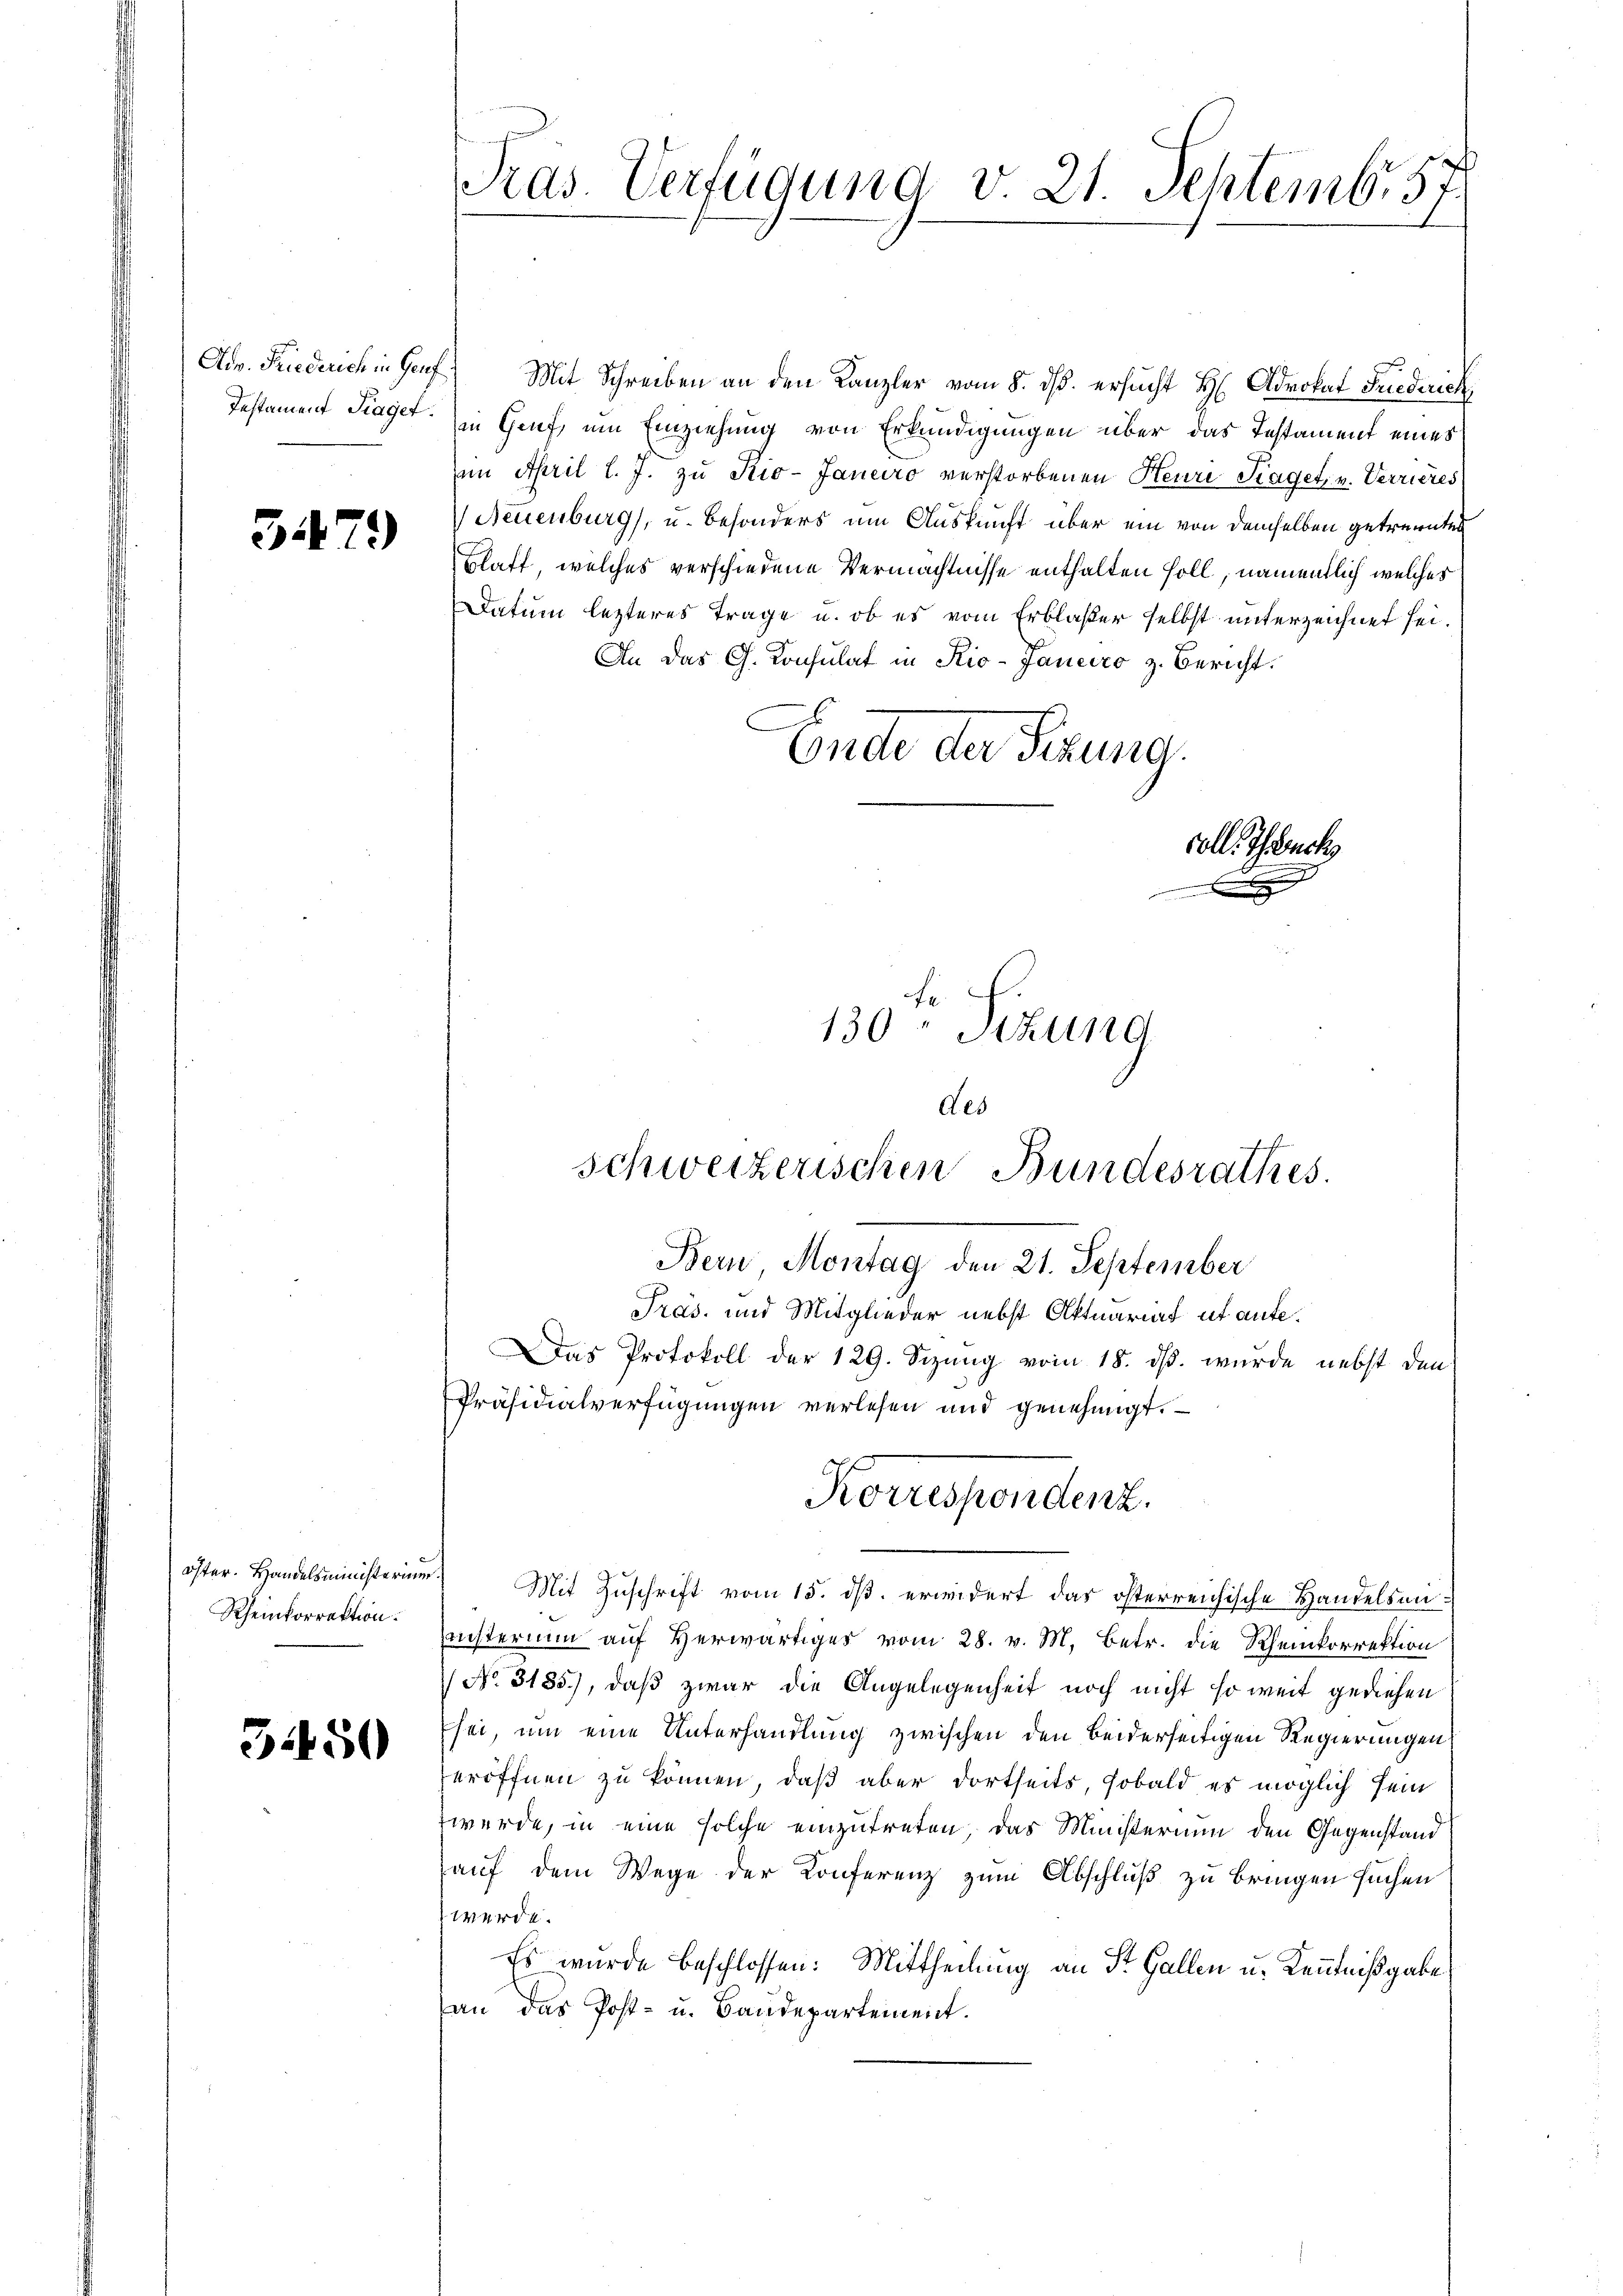
Adv. Friederich in Genf
Testament Fraget.

31479)

öster. Handelsministerium
Rheinkorrektion.

5450

Pras. Verfügung v. 21. Septemb. 57.

Mit Schreiben an den Kanzler vom 8. ds. ersŭcht H: Advokat Fuederich
in Genf, um Einziehung von Erkundigungen über das Testament eines
im April l. J. zu Kio-Janeiro verstorbenen Heure Kraget, v. Verrieres
Neuenburg), u. besonders um Auskunft über ein von demselben getrennten
Blatt, welches verschiedene Vermächtnisse enthalten soll, namentlich welches
Datum lezteres Trage u. ob es vom Erblaser selbst unterzeichnet sei.
An das G. Konsulat in Kio-Janeiro z. Bericht.
Ende der Sitzung.
coll. Gesuch
.

) Mit Zuschrift vom 15. ds. erwidert das österreichische Handelsaninisterium auf Herwärtiger vom 28. v. M. Betr. die Rheinkorrektion
No. 3185.), daß zwar die Angelegenheit noch nicht so weit gediehen
sei, um eine Unterhandlung zwischen den beiderseitigen Regierungen
eröffnen zu können, daß aber dortseits, sobald es möglich sein
werde, in eine solche einzutreten, das Ministerium den Gegenstand
auf dem Wege der Konferenz zum Abschluß zu bringen suchen
werde.
Es wurde beschlossen: Mittheilung an St. Gallen u. Kenntnißgabe
an das Post- u. Baudepartement.

130 Sitzung

des
Schweizerischen Bundesrathes.
Bern Montag den 21. September
Pras. und Mitglieder nebst Aktuariat ut aufe¬
Das Protokoll der 129. Sizung vom 18. ds. wurde nebst den
Präsidialverfügungen verlesen und genehmigt.

Korrespendenz.